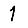
Digit: 1